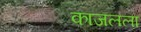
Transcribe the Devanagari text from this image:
काजलला